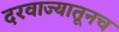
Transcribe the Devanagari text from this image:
दरवाज्यातूनच